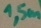
Text: 1,5m